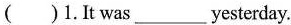
( )1.It was___yesterday.